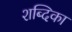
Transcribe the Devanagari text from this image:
शब्दिका